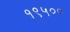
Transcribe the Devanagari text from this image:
१९५००